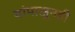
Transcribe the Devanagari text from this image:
यांपासूनही